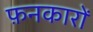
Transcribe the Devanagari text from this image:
फ़नकारों